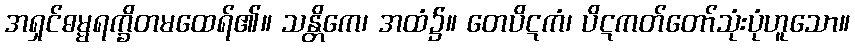
အရှင်ဓမ္မရက္ခိတမထေရ်၏။ သန္တိကေ၊ အထံ၌။ တေပိဋကံ၊ ပိဋကတ်တော်သုံးပုံဟူသော။